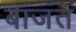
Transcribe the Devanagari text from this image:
बाजंत